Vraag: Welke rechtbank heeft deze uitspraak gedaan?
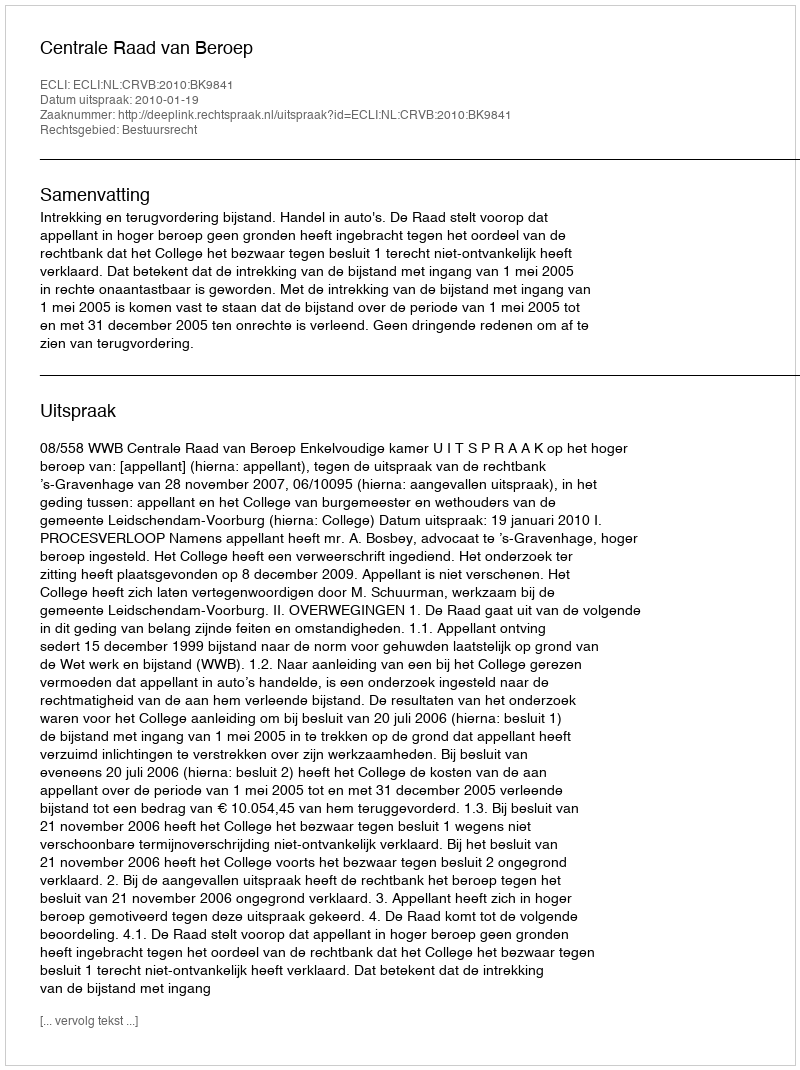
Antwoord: Centrale Raad van Beroep